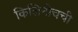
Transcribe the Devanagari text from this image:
किलिनोचची